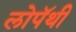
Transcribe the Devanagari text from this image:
लोपॅथी